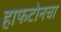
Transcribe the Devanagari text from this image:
हाफटोनचा